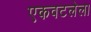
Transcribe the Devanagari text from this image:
एकवटलेला